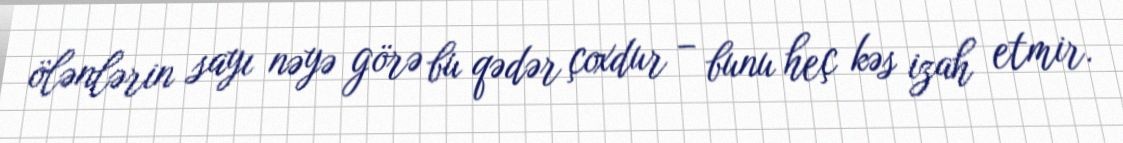
ölənlərin sayı nəyə görə bu qədər çoxdur – bunu heç kəs izah etmir.